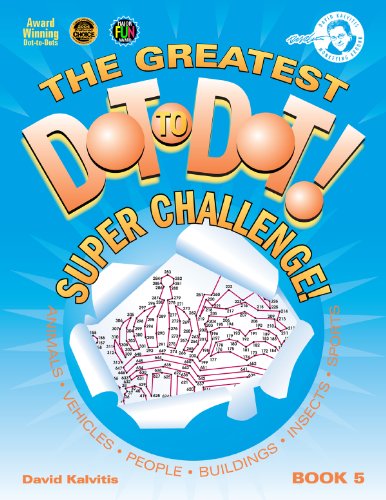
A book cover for The Greatest Dot-to-Dot Super Challenge Book 5 (Greatest Dot to Dot! Super Challenge!); David Kalvitis; Humor & Entertainment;